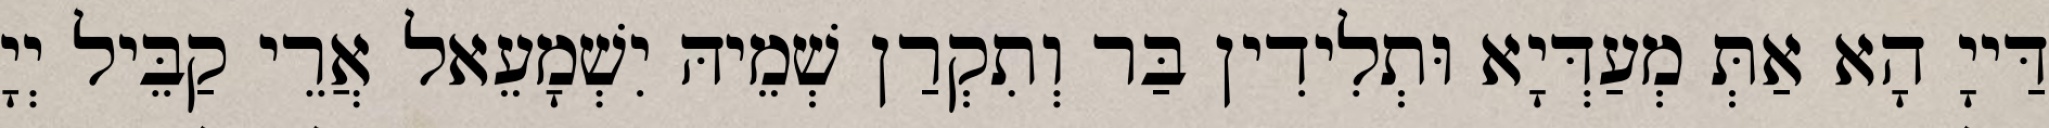
דַּייָ הָא אַתְּ מְעַדְּיָא וּתְלִידִין בַּר וְתִקְרַן שְׁמֵיהּ יִשְׁמָעֵאל אֲרֵי קַבֵּיל יְיָ